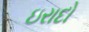
ઇરાદો